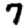
Digit: 7